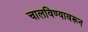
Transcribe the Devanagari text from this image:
चालविण्यावरून